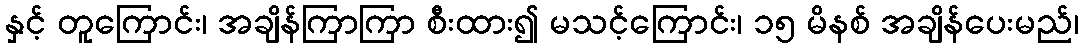
နှင့် တူကြောင်း၊ အချိန်ကြာကြာ စီးထား၍ မသင့်ကြောင်း၊ ၁၅ မိနစ် အချိန်ပေးမည်၊